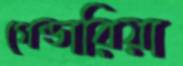
গেন্ডারিয়া